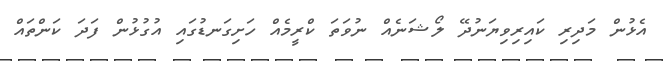
އެޅުން މަދިރި ކައިރިވިޔަނުދޭ ލޯޝަނެއް ނުވަތަ ކްރީމެއް ހަށިގަނޑުގައި އުގުޅުން ފަދަ ކަންތައް